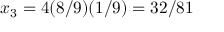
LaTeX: x _ { 3 } = 4 ( 8 / 9 ) ( 1 / 9 ) = 3 2 / 8 1